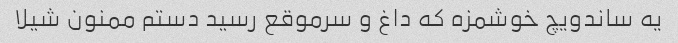
یه ساندویچ خوشمزه که داغ و سرموقع رسید دستم ممنون شیلا